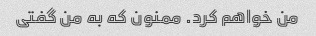
من خواهم کرد. ممنون که به من گفتی